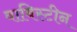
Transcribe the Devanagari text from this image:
वाबिस्टीन